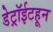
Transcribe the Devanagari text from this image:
डेट्रॉईटहून